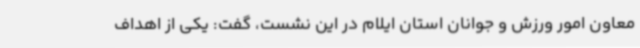
معاون امور ورزش و جوانان استان ایلام در این نشست، گفت: یکی از اهداف